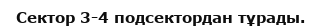
Сектор 3-4 подсектордан тұрады.